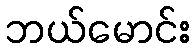
ဘယ်မောင်း